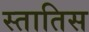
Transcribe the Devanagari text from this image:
स्तातिस